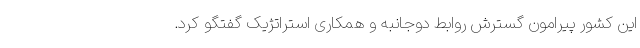
این کشور پیرامون گسترش روابط دوجانبه و همکاری استراتژیک گفتگو کرد.